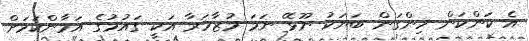
އެ ކަންކަން ހިންގަން ބަޔަކު ނޫޅޭ ނަމަ މުޒާހަރާ އަކީ ގައުމުގެ އަމާންކަމަށް